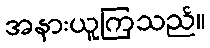
အနားယူကြသည်။